Civil Veterinary Dept. North-West Frontier Province 1901-22 - 1901-1922
Year: 1901
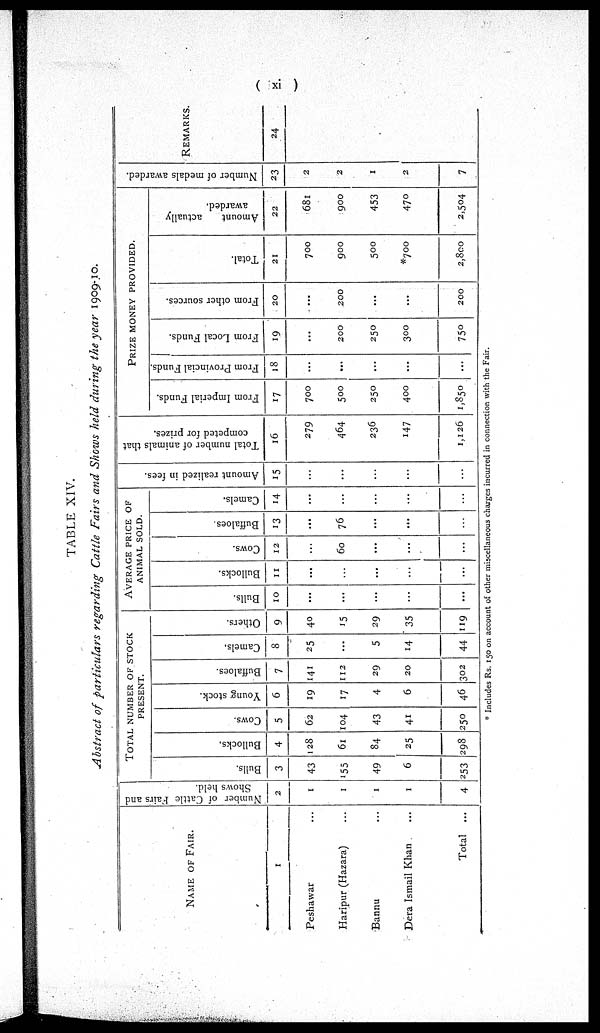
(xi)
TABLE XIV.
Abstract of particulars regarding Cattle Fairs and Shows held during the year 1909-10.
NAME OF FAIR.
1
Peshawar ...
Haripur (Hazara) ...
Bannu ...
Dera Ismail Khan ...
Total ...
Number of Cattle Fairs and
Shows held.
2
1
1
1
1
4
TOTAL NUMBER OF STOCK
PRESENT.
Bulls.
3
43
155
49
6
253
Bullocks.
4
128
61
84
25
298
Cows.
5
62
104
43
41
250
Young stock.
6
19
17
4
6
46
Buffaloes.
7
141
112
29
20
302
Camels.
8
25
...
5
14
44
Others.
9
40
15
29
35
119
AVERAGE PRICE OF
ANIMAL SOLD.
Bulls.
10
...
...
...
...
...
Bullocks.
11
...
...
...
...
...
Cows.
12
...
60
...
...
...
Buffaloes.
13
...
76
...
...
...
Camels.
14
...
...
...
...
...
Amount realized in fees.
15
...
...
...
...
...
Total number of animals that
competed for prizes.
16
279
464
236
147
1,126
PRIZE MONEY PROVIDED.
From Imperial Funds.
17
700
500
250
400
1,850
From Provincial Funds.
18
...
...
...
...
...
From Local Funds.
19
...
200
250
300
750
From other sources.
20
...
200
...
...
200
Total.
21
700
900
500
*700
2,800
Amount
actually
awarded.
22
681
900
453
470
2,504
Number of medals awarded.
23
2
2
1
2
7
REMARKS.
24
* Includes Rs. 150 on account of other miscellaneous charges incurred in connection with the Fair.